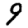
Digit: 9